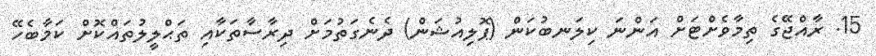
15. ރާއްޖޭގެ ތިމާވެށްޓަށް އަންނަ ކިލަނބުކަން (ޕޮލިއުޝަން) ދެނެގަތުމަށް ދިރާސާތަކާއި ތަޙްލީލުތައްކޮށް ކަމާބެހޭ